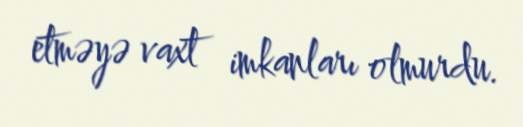
etməyə vaxt imkanları olmurdu.